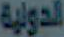
الدولية